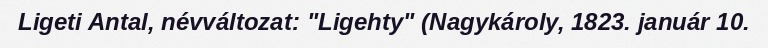
Ligeti Antal, névváltozat: "Ligehty" (Nagykároly, 1823. január 10.